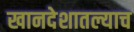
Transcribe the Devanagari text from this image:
खानदेशातल्याच